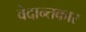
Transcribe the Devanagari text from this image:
वेदान्तकार